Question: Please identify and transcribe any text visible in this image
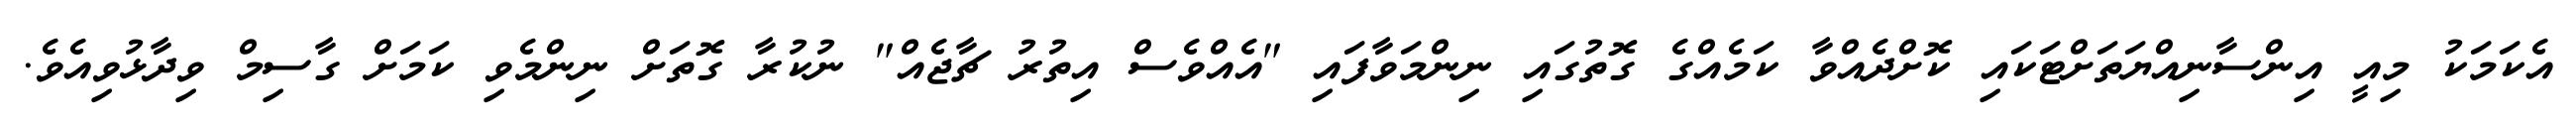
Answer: އެކަމަކު މިއީ އިންސާނިއްޔަތަށްޓަކައި ކޮށްދެއްވާ ކަމެއްގެ ގޮތުގައި ނިންމަވާފައި "އެއްވެސް އިތުރު ޗާޖެއް" ނުކުރާ ގޮތަށް ނިންމެވި ކަމަށް ގާސިމް ވިދާޅުވިއެވެ.